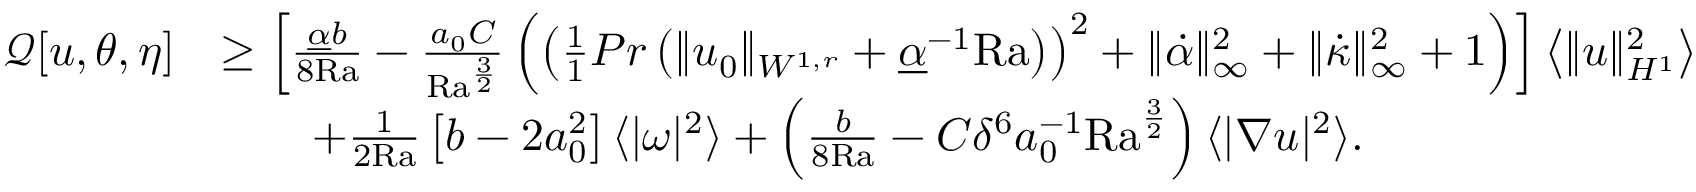
\begin{array} { r l } { \mathcal { Q } [ u , \theta , \eta ] } & { \geq \left[ \frac { \underline { { \alpha } } b } { 8 \mathrm { { R a } } } - \frac { a _ { 0 } C } { { \mathrm { R a } } ^ { \frac { 3 } { 2 } } } \left( \left( \frac { 1 } { 1 } { { P r } } \left( \| u _ { 0 } \| _ { W ^ { 1 , r } } + \underline { { \alpha } } ^ { - 1 } { \mathrm { R a } } \right) \right) ^ { 2 } + \| \dot { \alpha } \| _ { \infty } ^ { 2 } + \| \dot { \kappa } \| _ { \infty } ^ { 2 } + 1 \right) \right] \left\langle \| u \| _ { H ^ { 1 } } ^ { 2 } \right\rangle } \\ & { \qquad + \frac { 1 } { 2 \mathrm { { R a } } } \left[ b - 2 a _ { 0 } ^ { 2 } \right] \langle | \omega | ^ { 2 } \rangle + \left( \frac { b } { 8 { \mathrm { R a } } } - C \delta ^ { 6 } a _ { 0 } ^ { - 1 } \mathrm { { R a } } ^ { \frac { 3 } { 2 } } \right) \langle | \nabla u | ^ { 2 } \rangle . } \end{array}